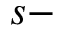
s -